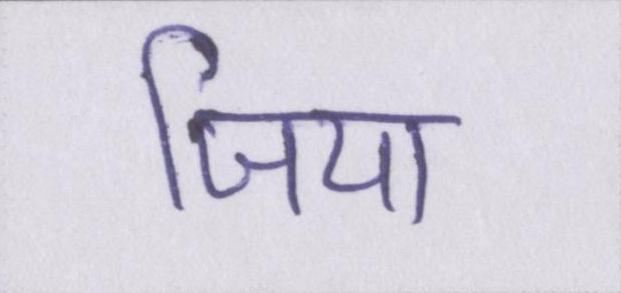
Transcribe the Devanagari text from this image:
जिया